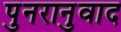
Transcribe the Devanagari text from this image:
पुनरानुवाद